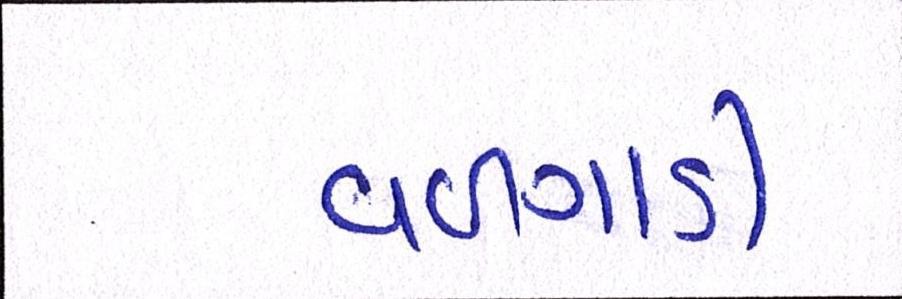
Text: વળગાડી